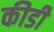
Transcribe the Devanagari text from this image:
कीडी